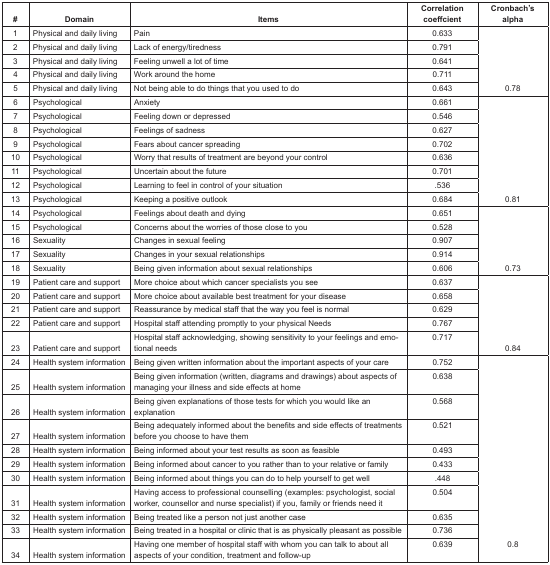
<table><thead><tr><td><b>#</b></td><td><b>Domain</b></td><td><b>Items</b></td><td><b>Correlation coeffcient</b></td><td><b>Cronbach’s alpha</b></td></tr></thead><tbody><tr><td>1</td><td>Physical and daily living</td><td>Pain</td><td>0.633</td><td rowspan="5">0.78</td></tr><tr><td>2</td><td>Physical and daily living</td><td>Lack of energy/tiredness</td><td>0.791</td></tr><tr><td>3</td><td>Physical and daily living</td><td>Feeling unwell a lot of time</td><td>0.641</td></tr><tr><td>4</td><td>Physical and daily living</td><td>Work around the home</td><td>0.711</td></tr><tr><td>5</td><td>Physical and daily living</td><td>Not being able to do things that you used to do</td><td>0.643</td></tr><tr><td>6</td><td>Psychological</td><td>Anxiety</td><td>0.661</td><td rowspan="8">0.81</td></tr><tr><td>7</td><td>Psychological</td><td>Feeling down or depressed</td><td>0.546</td></tr><tr><td>8</td><td>Psychological</td><td>Feelings of sadness</td><td>0.627</td></tr><tr><td>9</td><td>Psychological</td><td>Fears about cancer spreading</td><td>0.702</td></tr><tr><td>10</td><td>Psychological</td><td>Worry that results of treatment are beyond your control</td><td>0.636</td></tr><tr><td>11</td><td>Psychological</td><td>Uncertain about the future</td><td>0.701</td></tr><tr><td>12</td><td>Psychological</td><td>Learning to feel in control of your situation</td><td>.536</td></tr><tr><td>13</td><td>Psychological</td><td>Keeping a positive outlook</td><td>0.684</td></tr><tr><td>14</td><td>Psychological</td><td>Feelings about death and dying</td><td>0.651</td><td rowspan="5">0.73</td></tr><tr><td>15</td><td>Psychological</td><td>Concerns about the worries of those close to you</td><td>0.528</td></tr><tr><td>16</td><td>Sexuality</td><td>Changes in sexual feeling</td><td>0.907</td></tr><tr><td>17</td><td>Sexuality</td><td>Changes in your sexual relationships</td><td>0.914</td></tr><tr><td>18</td><td>Sexuality</td><td>Being given information about sexual relationships</td><td>0.606</td></tr><tr><td>19</td><td>Patient care and support</td><td>More choice about which cancer specialists you see</td><td>0.637</td><td rowspan="5">0.84</td></tr><tr><td>20</td><td>Patient care and support</td><td>More choice about available best treatment for your disease</td><td>0.658</td></tr><tr><td>21</td><td>Patient care and support</td><td>Reassurance by medical staff that the way you feel is normal</td><td>0.629</td></tr><tr><td>22</td><td>Patient care and support</td><td>Hospital staff attending promptly to your physical Needs</td><td>0.767</td></tr><tr><td>23</td><td>Patient care and support</td><td>Hospital staff acknowledging, showing sensitivity to your feelings and emotional needs</td><td>0.717</td></tr><tr><td>24</td><td>Health system information</td><td>Being given written information about the important aspects of your care</td><td>0.752</td><td rowspan="7"></td></tr><tr><td>25</td><td>Health system information</td><td>Being given information (written, diagrams and drawings) about aspects of managing your illness and side effects at home</td><td>0.638</td></tr><tr><td>26</td><td>Health system information</td><td>Being given explanations of those tests for which you would like an explanation</td><td>0.568</td></tr><tr><td>27</td><td>Health system information</td><td>Being adequately informed about the benefits and side effects of treatments before you choose to have them</td><td>0.521</td></tr><tr><td>28</td><td>Health system information</td><td>Being informed about your test results as soon as feasible</td><td>0.493</td></tr><tr><td>29</td><td>Health system information</td><td>Being informed about cancer to you rather than to your relative or family</td><td>0.433</td></tr><tr><td>30</td><td>Health system information</td><td>Being informed about things you can do to help yourself to get well</td><td>.448</td></tr><tr><td>31</td><td>Health system information</td><td>Having access to professional counselling (examples: psychologist, social worker, counsellor and nurse specialist) if you, family or friends need it</td><td>0.504</td><td rowspan="4">0.8</td></tr><tr><td>32</td><td>Health system information</td><td>Being treated like a person not just another case</td><td>0.635</td></tr><tr><td>33</td><td>Health system information</td><td>Being treated in a hospital or clinic that is as physically pleasant as possible</td><td>0.736</td></tr><tr><td>34</td><td>Health system information</td><td>Having one member of hospital staff with whom you can talk to about all aspects of your condition, treatment and follow-up</td><td>0.639</td></tr></tbody></table>